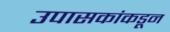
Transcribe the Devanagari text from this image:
उपासकांकडून